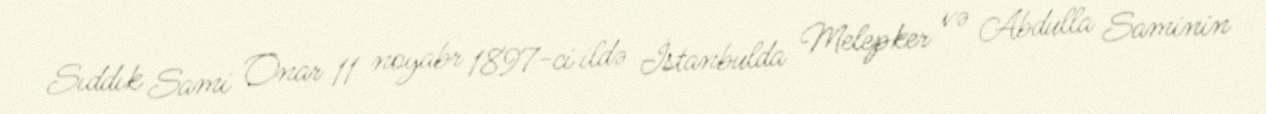
Sıddık Sami Onar 11 noyabr 1897-ci ildə İstanbulda Melepker və Abdulla Saminin